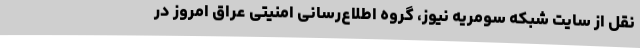
نقل از سایت شبکه سومریه نیوز، گروه اطلاع‌رسانی امنیتی عراق امروز در